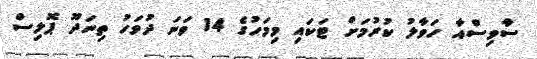
ސާވިސްއާ ހަވާލު ކުރުމަށް ޓަކައި މިމަހުގެ 14 ވަނަ ދުވަހު ތިނަދޫ ޕޮލިސް